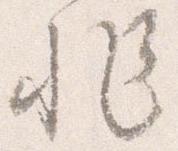
非